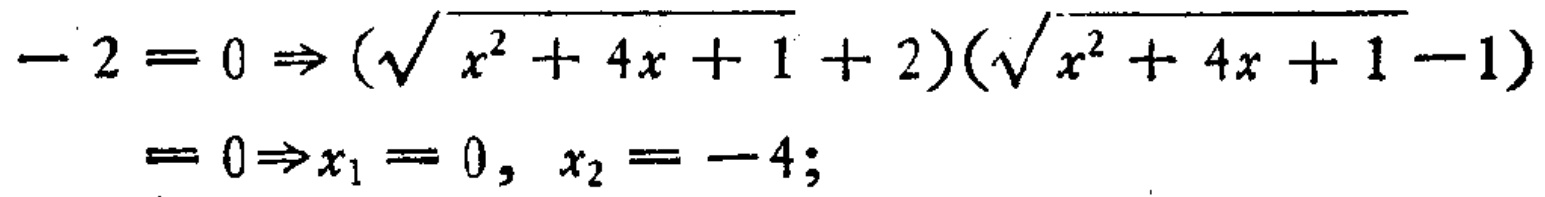
\(-2 = 0\Rightarrow(\sqrt{x^{2}+4x + 1}+2)(\sqrt{x^{2}+4x + 1}-1)=0\Rightarrow x_{1}=0, x_{2}=-4;\)